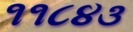
૧૧૮૪૩